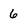
Character: 6